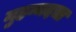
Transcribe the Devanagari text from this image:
मुहम्मदचा